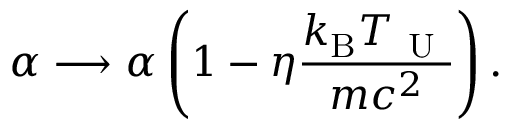
\alpha \longrightarrow \alpha \left( 1 - \eta \frac { k _ { \mathrm { B } } T _ { \mathrm { ~ U ~ } } } { m c ^ { 2 } } \right) .